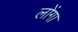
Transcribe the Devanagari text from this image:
लोंगा